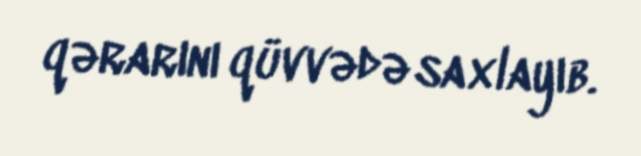
qərarını qüvvədə saxlayıb.